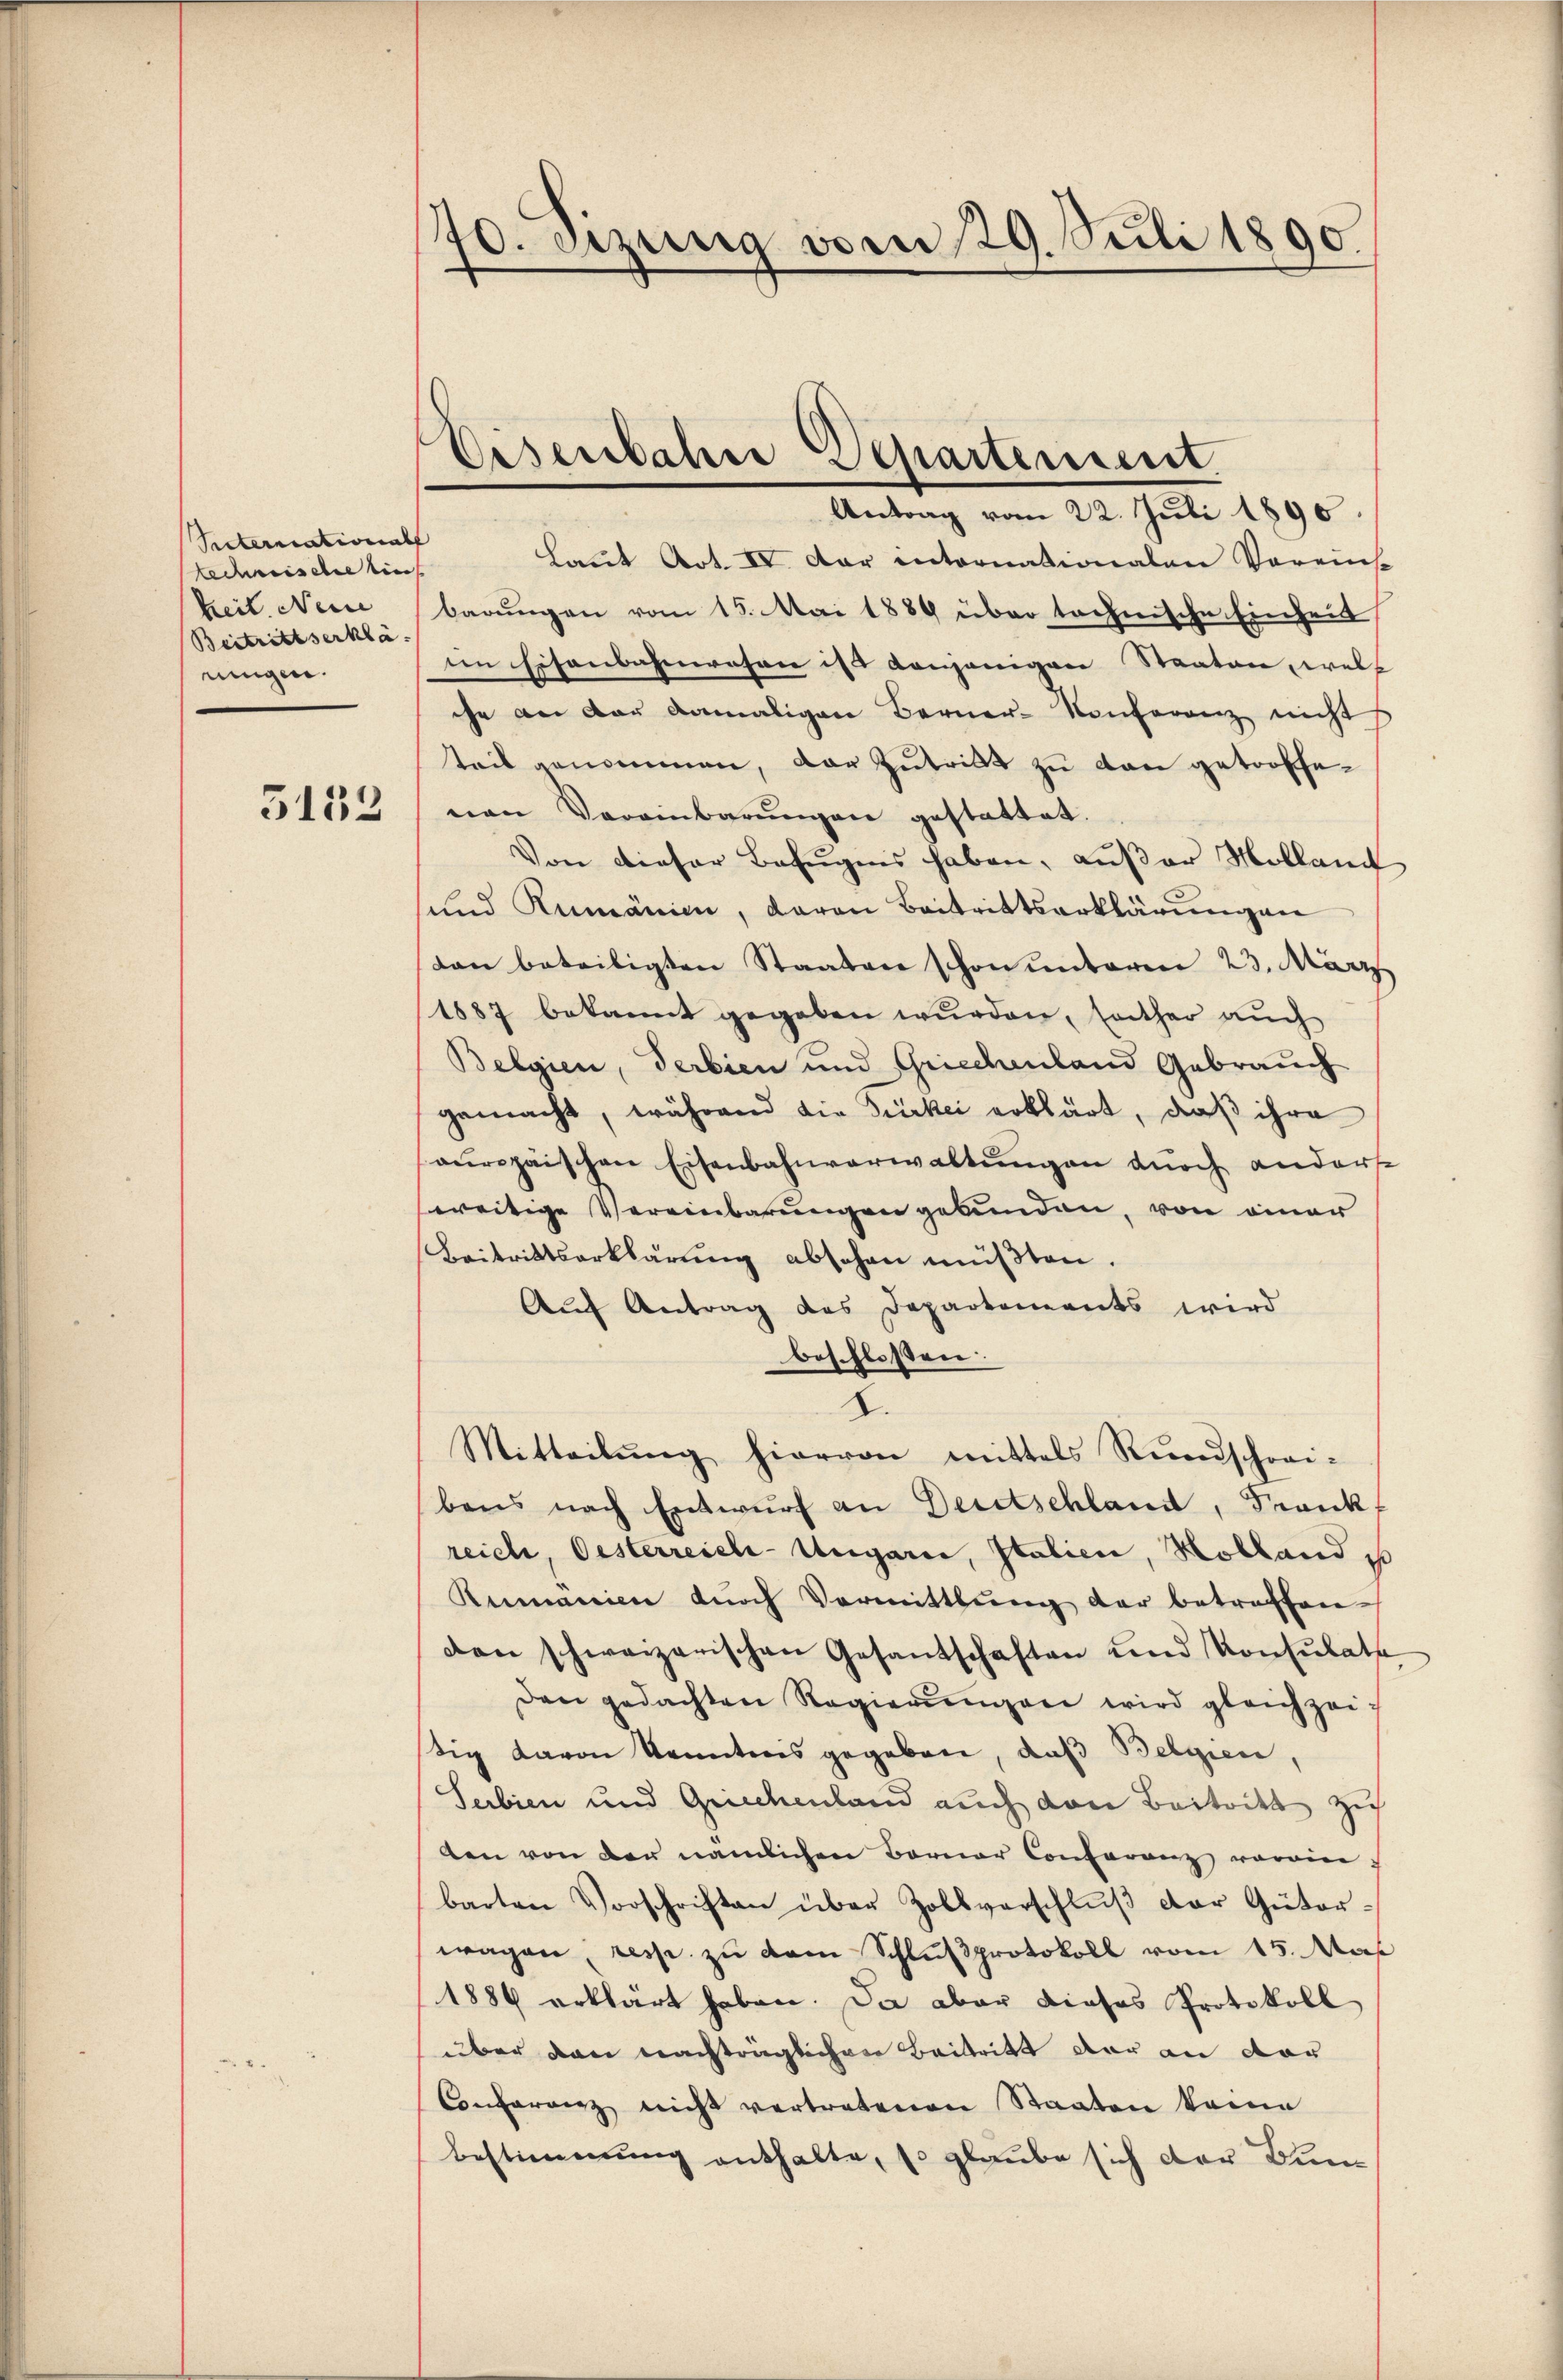
Sieternational
Ledische eines
keit Nein
Beitrittserklä
ningen.
5152

70. Sitzung vom 29. Juli 1890.

Disenbahre Separtement.
Antrag vom 22. Juli 1890.

Laut Art. IV. Der internationalen Vereinst
barungen vom 15. Mai 1889 über technische Einheit,
im Eisenbahnwesen ist denjenigen Staaten, welch
che an der damaligen Berner- Konferenz nicht
teil genommen, das Zutritt zu dan getroffenen Vereinbarŭngen gestattet.
Von dieser Befugens haben, außer Mollant
und Rumänien, daran Beitrittserklärungen
dan beteiligten Staaten schon unterm 23. März
1887 bekannt gegeben wurden, seither auch
Belgien, Serbien und Griechenland Gebrauch
gemacht, während die Türkei erklärt, daß ihre
ouropäischen Eisenbahnverwaltungen durch andert
ereitige Vereinbarungen gebunden, von einer
Beitrittserklärŭng absehen müβten.
Auf Antrag des Departements wird
beschlossen:
Mitteilŭng hiervon mittels Rundschrei-
bens nach Entwurf an Deutschland, Frank
reich, Oesterreich-Ungarn, Italien, Holland p
Rumanien durch Vormittlung der betreffen
den schweizerischen Gesantschaften und Konsulate
den gedachten Regierŭngen wird gleichzeitig davon Kenntnis gegeben, daß Belgien,
Serbien und Grechenland auch von Beitritt zu
len von der nämlichen Berner Conferenz vorain
barten Vorschriften über Zollverschluß der Güterwagen resp. zu dem Schlußprotokoll vom 15. Nat
1886 erklärt haben. Da aber dieses Protokoll
über den nachträglichen Beitritt der an dar
Conferenz nicht vertretenen Staaten keine
Bestimmung enthalte, so glaube sich der Bun